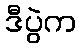
ဒီပွဲက